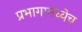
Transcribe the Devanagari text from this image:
प्रभागामध्येच